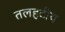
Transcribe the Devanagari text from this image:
तलहटीय